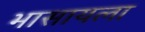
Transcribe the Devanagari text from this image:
भासायला